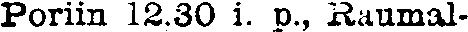
Poriin 12,30 i. p., Raumal-